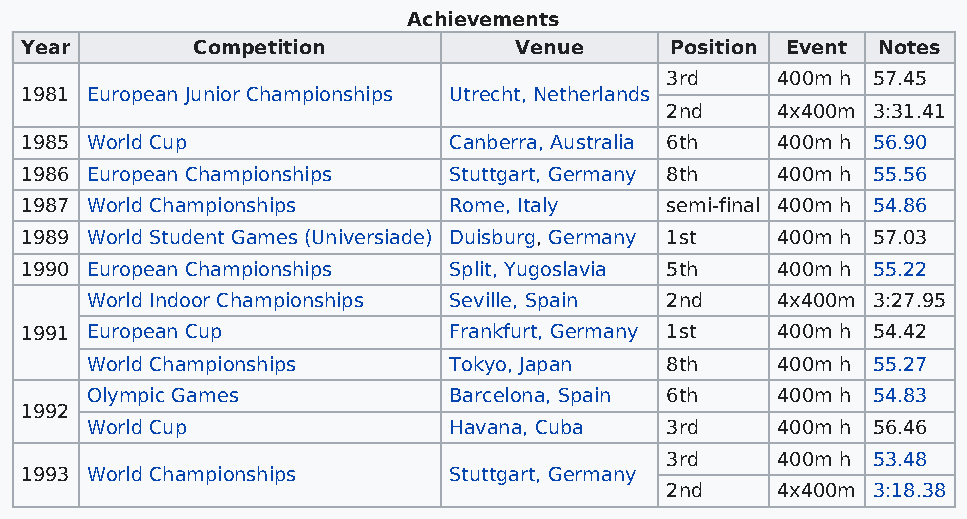
Achievements
 Year        Competition          Venue     Position Event Notes
 3rd    400m h 57.45
 1981 European Junior Championships Utrecht, Netherlands
 2nd    4x400m 3:31.41
 1985 World Cup               Canberra, Australia 6th 400m h 56.90
 1986 European Championships  Stuttgart, Germany 8th 400m h 55.56
 1987 World Championships     Rome, Italy   semi-final 400m h 54.86
 1989 World Student Games (Universiade) Duisburg, Germany 1st 400m h 57.03
 1990 European Championships  Split, Yugoslavia 5th 400m h 55.22
 World Indoor Championships Seville, Spain 2nd 4x400m 3:27.95
 1991 European Cup            Frankfurt, Germany 1st 400m h 54.42
 World Championships     Tokyo, Japan  8th    400m h 55.27
 Olympic Games           Barcelona, Spain 6th 400m h 54.83
 1992
 World Cup               Havana, Cuba  3rd    400m h 56.46
 3rd    400m h 53.48
 1993 World Championships     Stuttgart, Germany
 2nd    4x400m 3:18.38